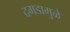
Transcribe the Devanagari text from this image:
दगडामुळे